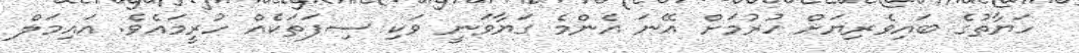
ހަޔާތުގެ ބައިވެރިޔަށް ހުރުމަށް އޭނަ އެންމެ ގަޔާވަނީ ވަކި ސިފަތަކެއް ހުރީމައެވެ. އައިމަލް